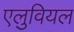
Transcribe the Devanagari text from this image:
एलुवियल